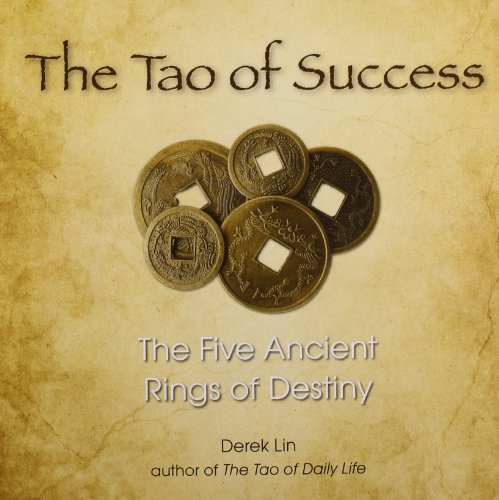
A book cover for The Tao of Success: The Five Ancient Rings of Destiny; Derek Lin; Religion & Spirituality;